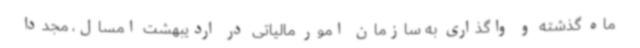
ماه گذشته و واگذاری به سازمان امور مالیاتی در اردیبهشت امسال، مجدداً